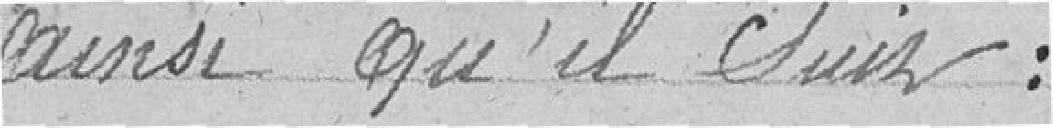
ainsi qu'il suit: